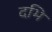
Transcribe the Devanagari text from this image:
दभि